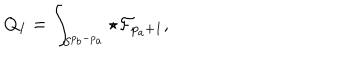
Q _ { I } = \int _ { S ^ { p _ { b } - p _ { a } } } \star { \cal F } _ { p _ { a } + 1 } ,